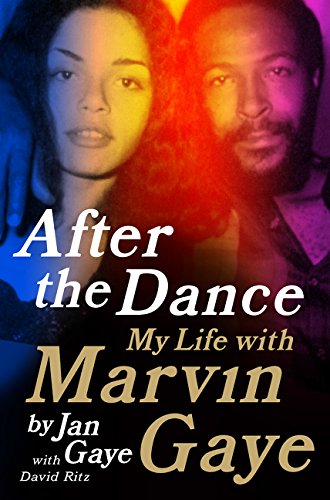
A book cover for After the Dance: My Life with Marvin Gaye; Jan Gaye; Biographies & Memoirs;